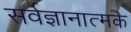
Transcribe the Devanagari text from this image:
सर्वज्ञानात्मक